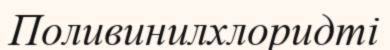
Поливинилхлоридті